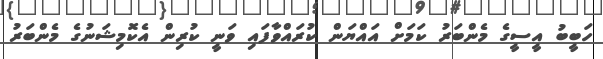
ހަބީބު އީސީގެ މެންބަރު ކަމަށް އައްޔަން ކުރައްވާފައި ވަނީ ކުރިން އެކޮމިޝަނުގެ މެންބަރު